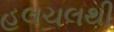
હલચલથી